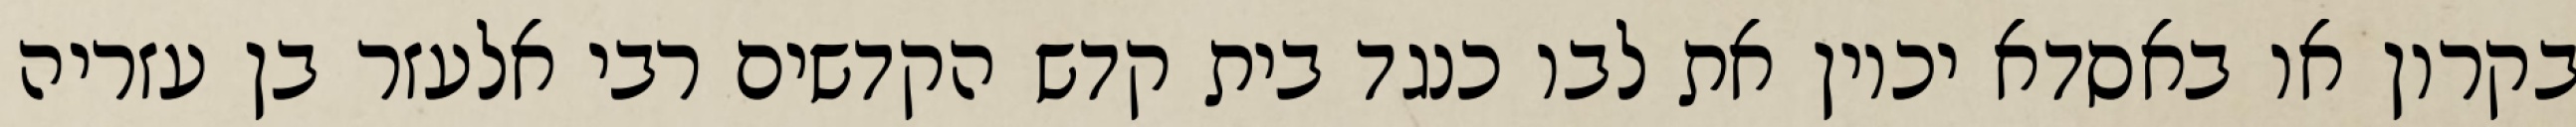
בקרון או באסדא יכוין את לבו כנגד בית קדש הקדשים רבי אלעזר בן עזריה